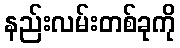
နည်းလမ်းတစ်ခုကို